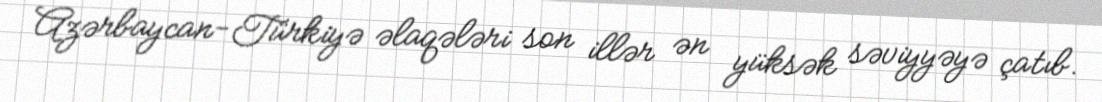
Azərbaycan-Türkiyə əlaqələri son illər ən yüksək səviyyəyə çatıb.